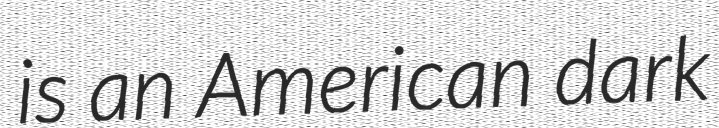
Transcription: is an American dark